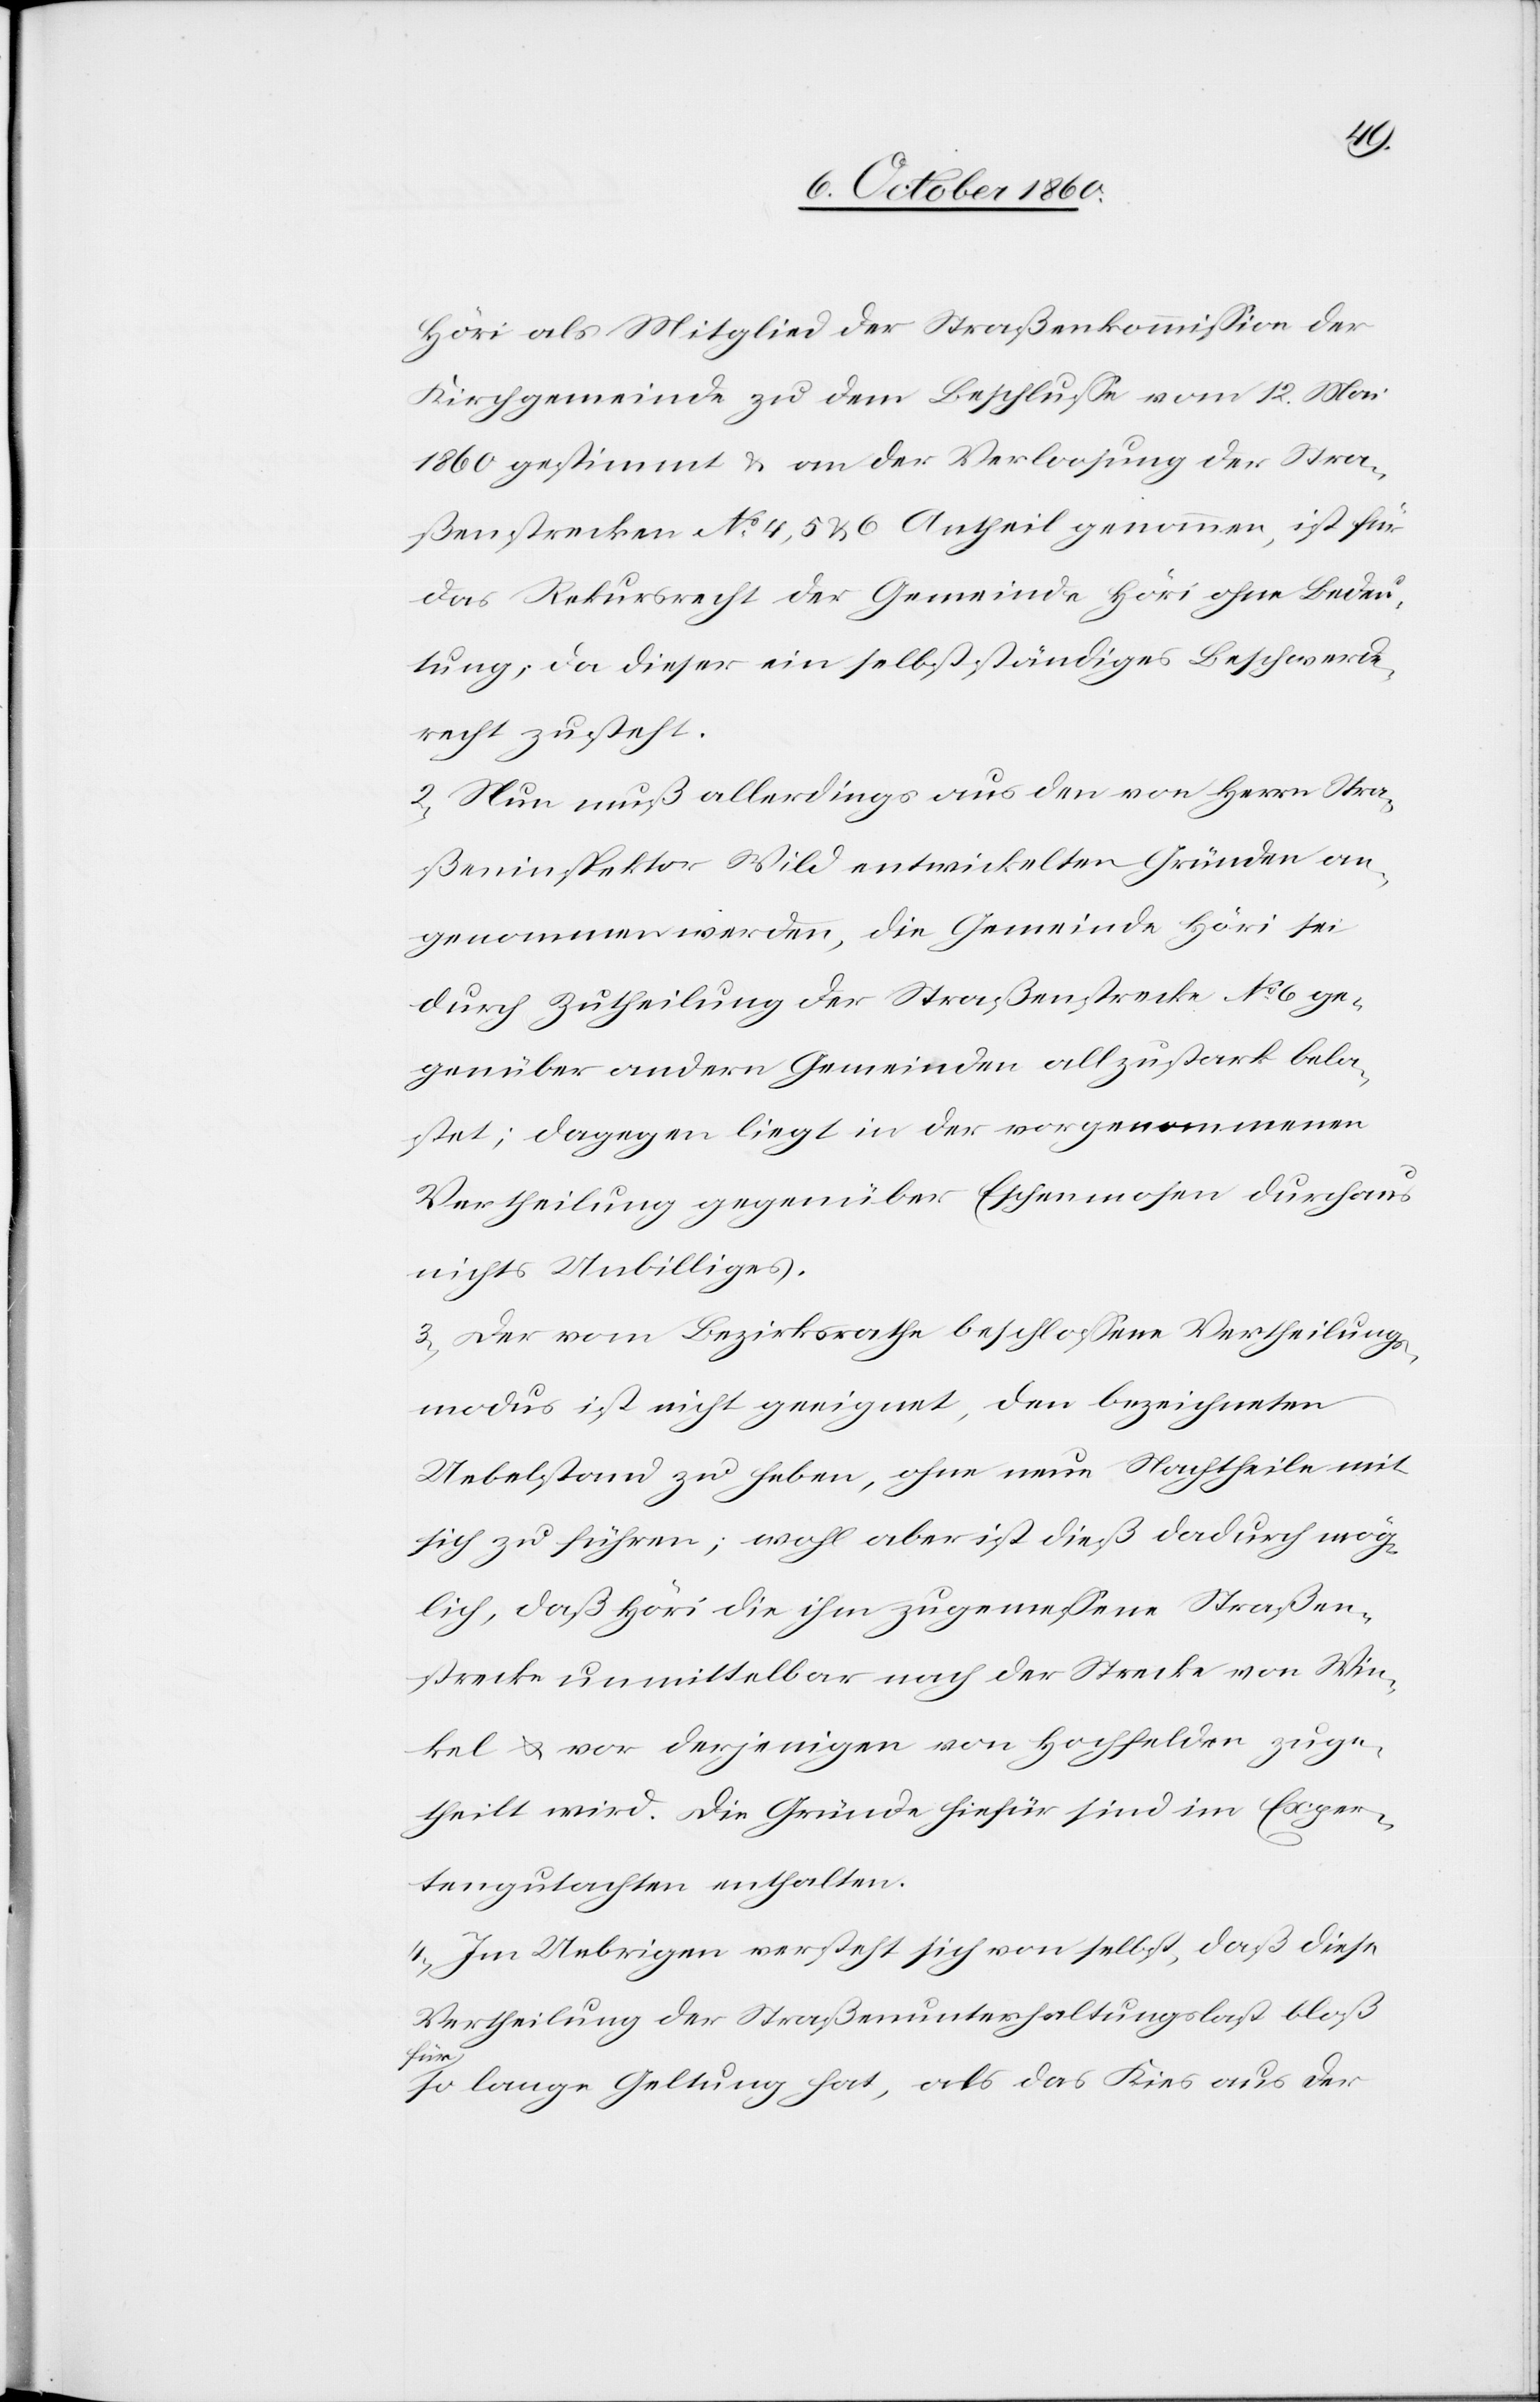
Höri als Mitglied der Straßenkommission der
Kirchgemeinde zu dem Beschlusse vom 12. Mai
1860 gestimmt u. an der Verloosung der Stra¬
ßenstrecke No 4, 5 u. 6 Antheil genommen, ist für
das Rekursrecht der Gemeinde Höri ohne Bedeu¬
tung, da dieser ein selbstständiges Beschwerde¬
recht zusteht.
2) Nun muß allerdings aus den von Herrn Stra¬
ßeninspektor Wild entwickelten Gründen an¬
genommen werden, die Gemeinde Höri sei
durch Zutheilung der Straßenstrecke No 6 ge¬
genüber andern Gemeinden allzustark bela¬
stet; dagegen liegt in der vorgenommenen
Vertheilung gegenüber Eschenmosen durchaus
nichts unbilliges.
3) Der vom Bezirksrathe beschlossene Vertheilungs¬
modus ist nicht geeignet, den bezeichneten
Uebelstand zu heben, ohne neue Nachtheile mit
sich zu führen; wohl aber ist dieß dadurch mög¬
lich, daß Höri die ihm zugemessene Straßen¬
strecke unmittelbar nach der Strecke von Win¬
kel u. vor derjenigen von Hochfelden zuge¬
theilt wird. Die Gründe hiefür sind im Exper¬
tengutachten enthalten.
4) Im Uebrigen versteht sich von selbst, daß diese
Vertheilung der Straßenunterhaltungslast bloß
für
so lange Geltung hat, als das Kies aus der